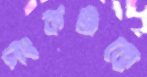
পংকজকে